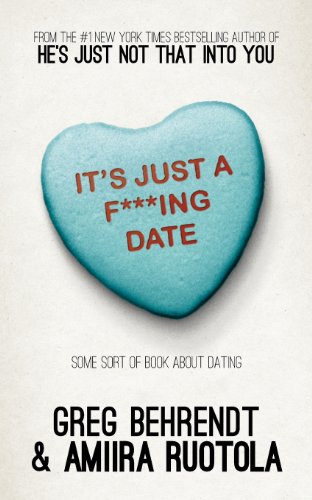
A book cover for It's Just A F***Ing Date: Some Sort of Book about Dating; Greg Behrendt; Self-Help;